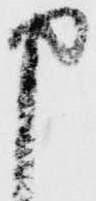
申